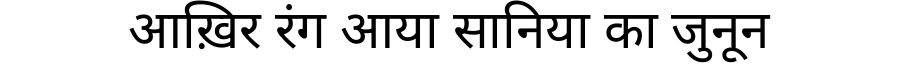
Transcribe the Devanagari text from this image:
आख़िर रंग आया सानिया का जुनून